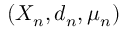
( X _ { n } , d _ { n } , \mu _ { n } )